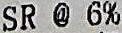
SR @ 6%